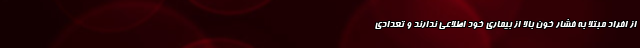
از افراد مبتلا به فشار خون بالا از بیماری خود اطلاعی ندارند و تعدادی